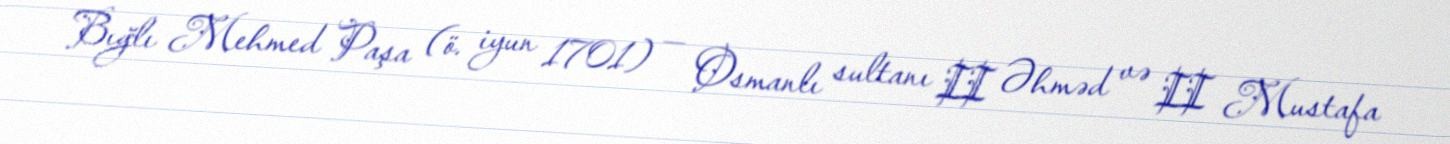
Bığlı Mehmed Paşa (ö. iyun 1701) — Osmanlı sultanı II Əhməd və II Mustafa